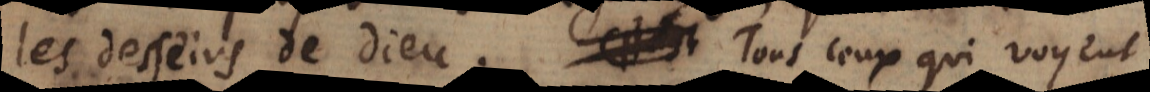
les desseins de Dieu. Tous ceux qui voyent